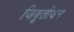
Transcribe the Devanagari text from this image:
जिबूतीयन